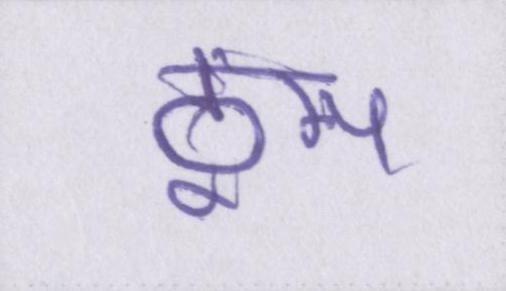
ठूंस